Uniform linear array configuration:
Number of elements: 12
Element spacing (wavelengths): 1
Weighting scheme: hamming
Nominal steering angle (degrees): -15
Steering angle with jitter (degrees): -15.441
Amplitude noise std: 0.05
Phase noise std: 0.05

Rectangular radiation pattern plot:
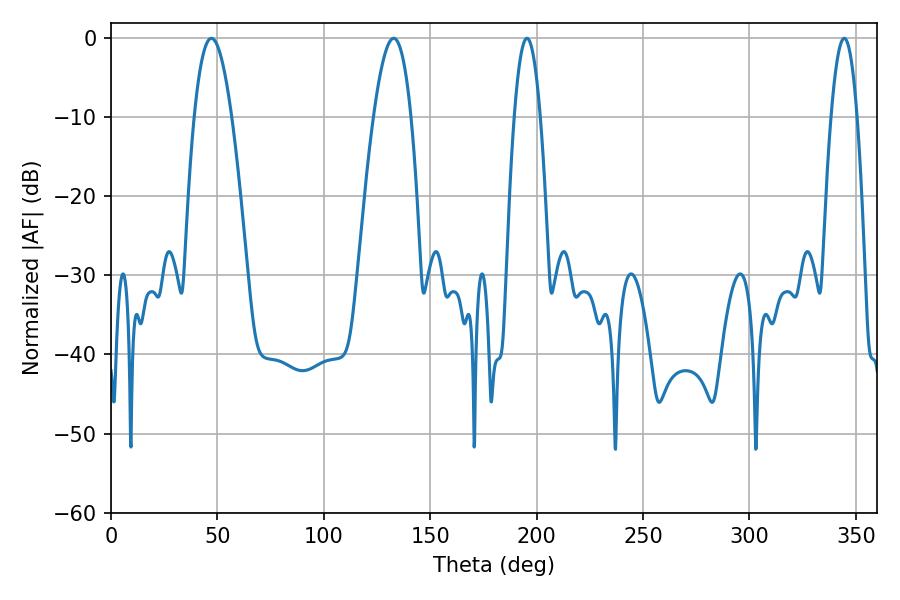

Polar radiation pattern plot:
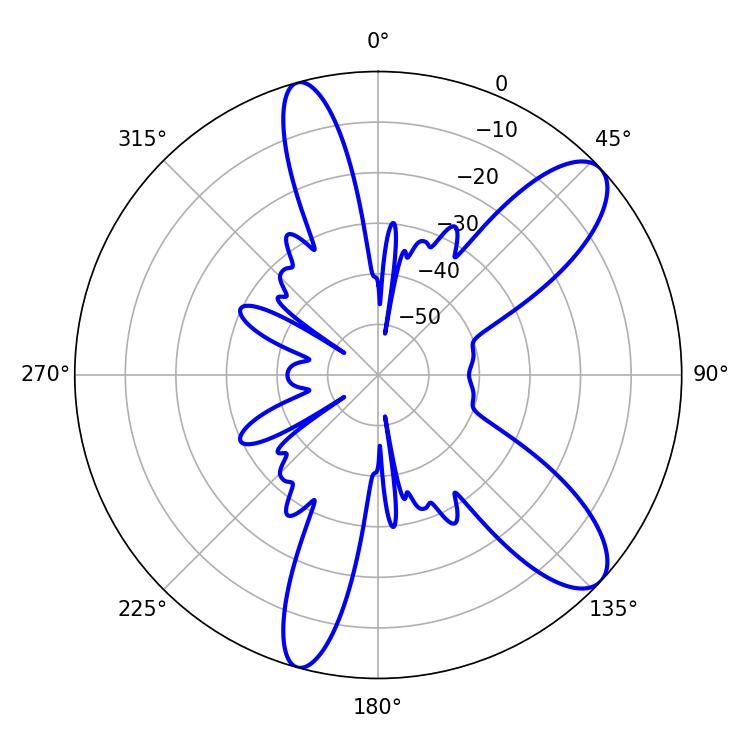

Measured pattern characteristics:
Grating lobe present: TRUE
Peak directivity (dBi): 10.019
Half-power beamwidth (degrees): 9.54
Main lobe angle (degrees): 47.16